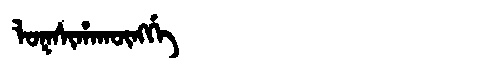
Manchu: ᠯᠣᡴᠰᡳᡥᠠᡴᡡᠩᡤᡝ
Romanization: LOKSIHAKŪNGGE